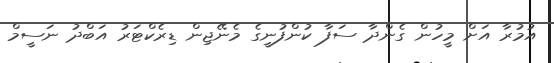
އުމުރާ އަށް މީހުން ގެންދާ ސަފާ ކުންފުނީގެ މެނޭޖިން ޑިރެކްޓަރު އަބްދު ނަސީމް